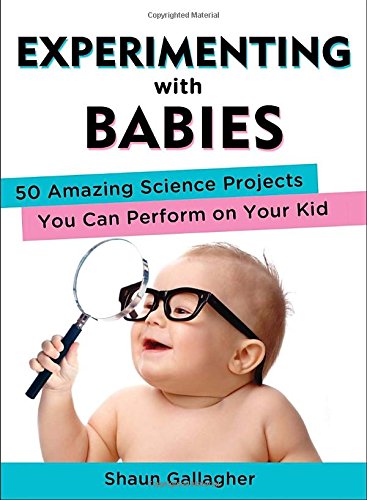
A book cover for Experimenting with Babies: 50 Amazing Science Projects You Can Perform on Your Kid; Shaun Gallagher; Parenting & Relationships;